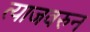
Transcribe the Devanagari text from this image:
त्याजवरुन